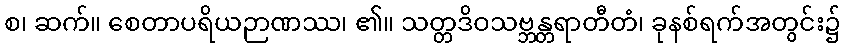
စ၊ ဆက်။ စေတာပရိယဉာဏဿ၊ ၏။ သတ္တဒိဝသဗ္ဘန္တရာတီတံ၊ ခုနစ်ရက်အတွင်း၌